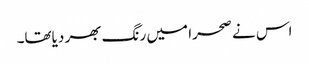
اس نے صحرا میں رنگ بھر دیاتھا۔